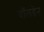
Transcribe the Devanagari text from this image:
वॉलडेन